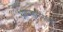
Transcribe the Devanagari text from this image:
आमसभेमध्ये